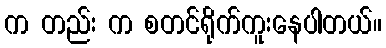
က တည်း က စတင်ရိုက်ကူးနေပါတယ်။